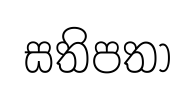
සතිපතා